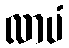
လာပံ